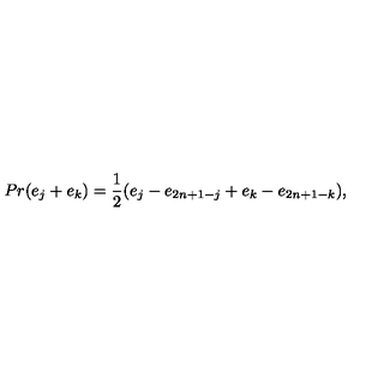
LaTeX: P r ( e _ { j } + e _ { k } ) = { \frac { 1 } { 2 } } ( e _ { j } - e _ { 2 n + 1 - j } + e _ { k } - e _ { 2 n + 1 - k } ) ,